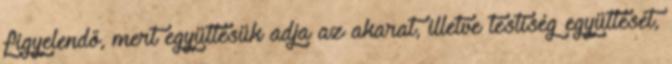
figyelendő, mert együttesük adja az akarat, illetve testiség együttesét,